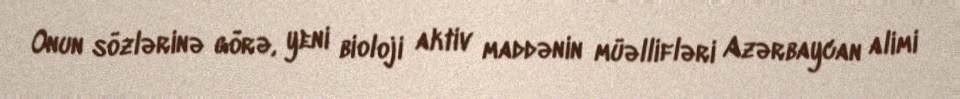
Onun sözlərinə görə, yeni bioloji aktiv maddənin müəllifləri Azərbaycan alimi